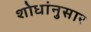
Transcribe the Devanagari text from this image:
शोधांनुसार